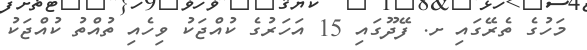
މަހުގެ ތެރޭގައި ށ. ފޭދޫގައި 15 އަހަރުގެ ކުއްޖަކު ވިހެއި ތުއްތު ކުއްޖަކު